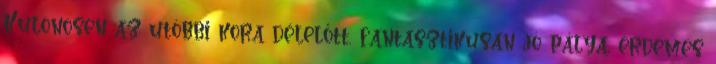
Különösen az utóbbi kora délelőtt, fantasztikusan jó pálya, érdemes